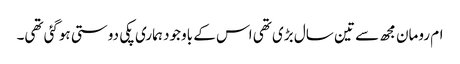
ام رومان مجھ سے تین سال بڑی تھی اس کے باوجود ہماری پکی دوستی ہوگئی تھی۔